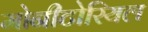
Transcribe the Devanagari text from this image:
मोनीटोरियल